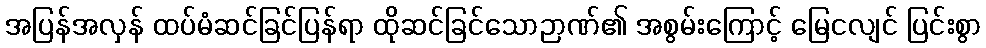
အပြန်အလှန် ထပ်မံဆင်ခြင်ပြန်ရာ ထိုဆင်ခြင်သောဉာဏ်၏ အစွမ်းကြောင့် မြေငလျင် ပြင်းစွာ